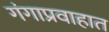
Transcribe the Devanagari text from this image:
गंगाप्रवाहात